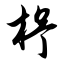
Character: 杼